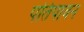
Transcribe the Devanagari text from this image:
पतिपावन